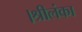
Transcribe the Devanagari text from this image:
।श्रीलंका